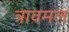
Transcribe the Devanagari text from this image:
त्रावमल